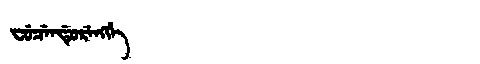
Manchu: ᠸᡠᠴᡝᠨᡩᡠᡵᡝᠩᡤᡝ
Romanization: FUCENDURENGGE